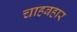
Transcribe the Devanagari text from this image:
चाहबहार